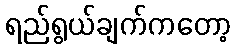
ရည်ရွယ်ချက်ကတော့